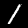
Digit: 1